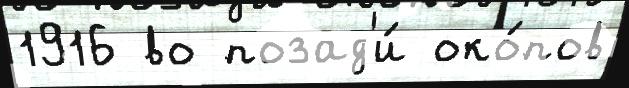
1916 во позад'и́ око́пов